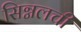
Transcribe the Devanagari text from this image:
सिग्नलची